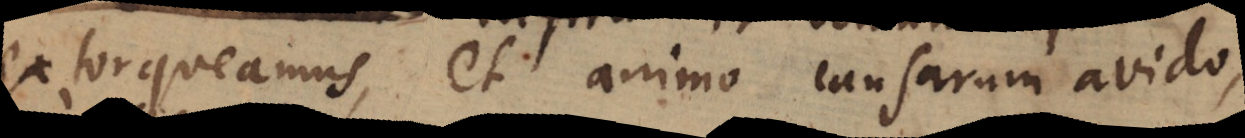
extorqueamus, et animo causarum avido,